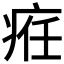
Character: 𤶄